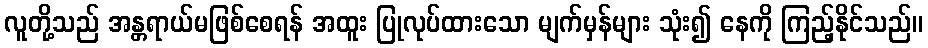
လူတို့သည် အန္တရာယ်မဖြစ်စေရန် အထူး ပြုလုပ်ထားသော မျက်မှန်များ သုံး၍ နေကို ကြည့်နိုင်သည်။